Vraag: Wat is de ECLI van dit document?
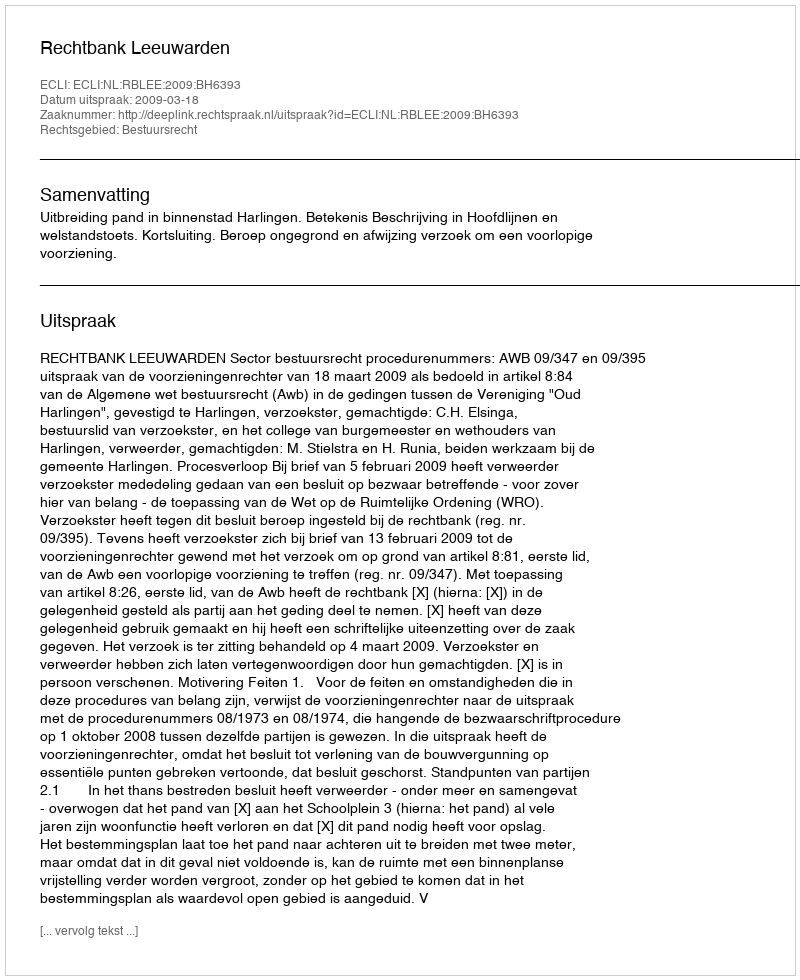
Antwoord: ECLI:NL:RBLEE:2009:BH6393